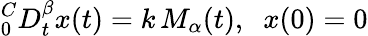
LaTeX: ^C_{0}D_{t}^{\beta}x(t)=k\, M_{\alpha}(t),\; \; x(0)=0